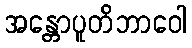
အန္တောပူတိဘာဝေါ